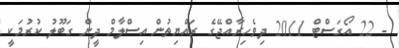
- 22 އޯގަސްޓް 2011 ދިވެހިރާއްޖޭގެ ރައްޔިތުން އިސްލާމް ދީން ގަބޫލު ކުރުމަކީ